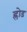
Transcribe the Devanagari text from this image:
ह्रोड